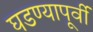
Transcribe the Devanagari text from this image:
घडण्यापूर्वी